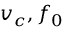
v _ { c } , f _ { 0 }